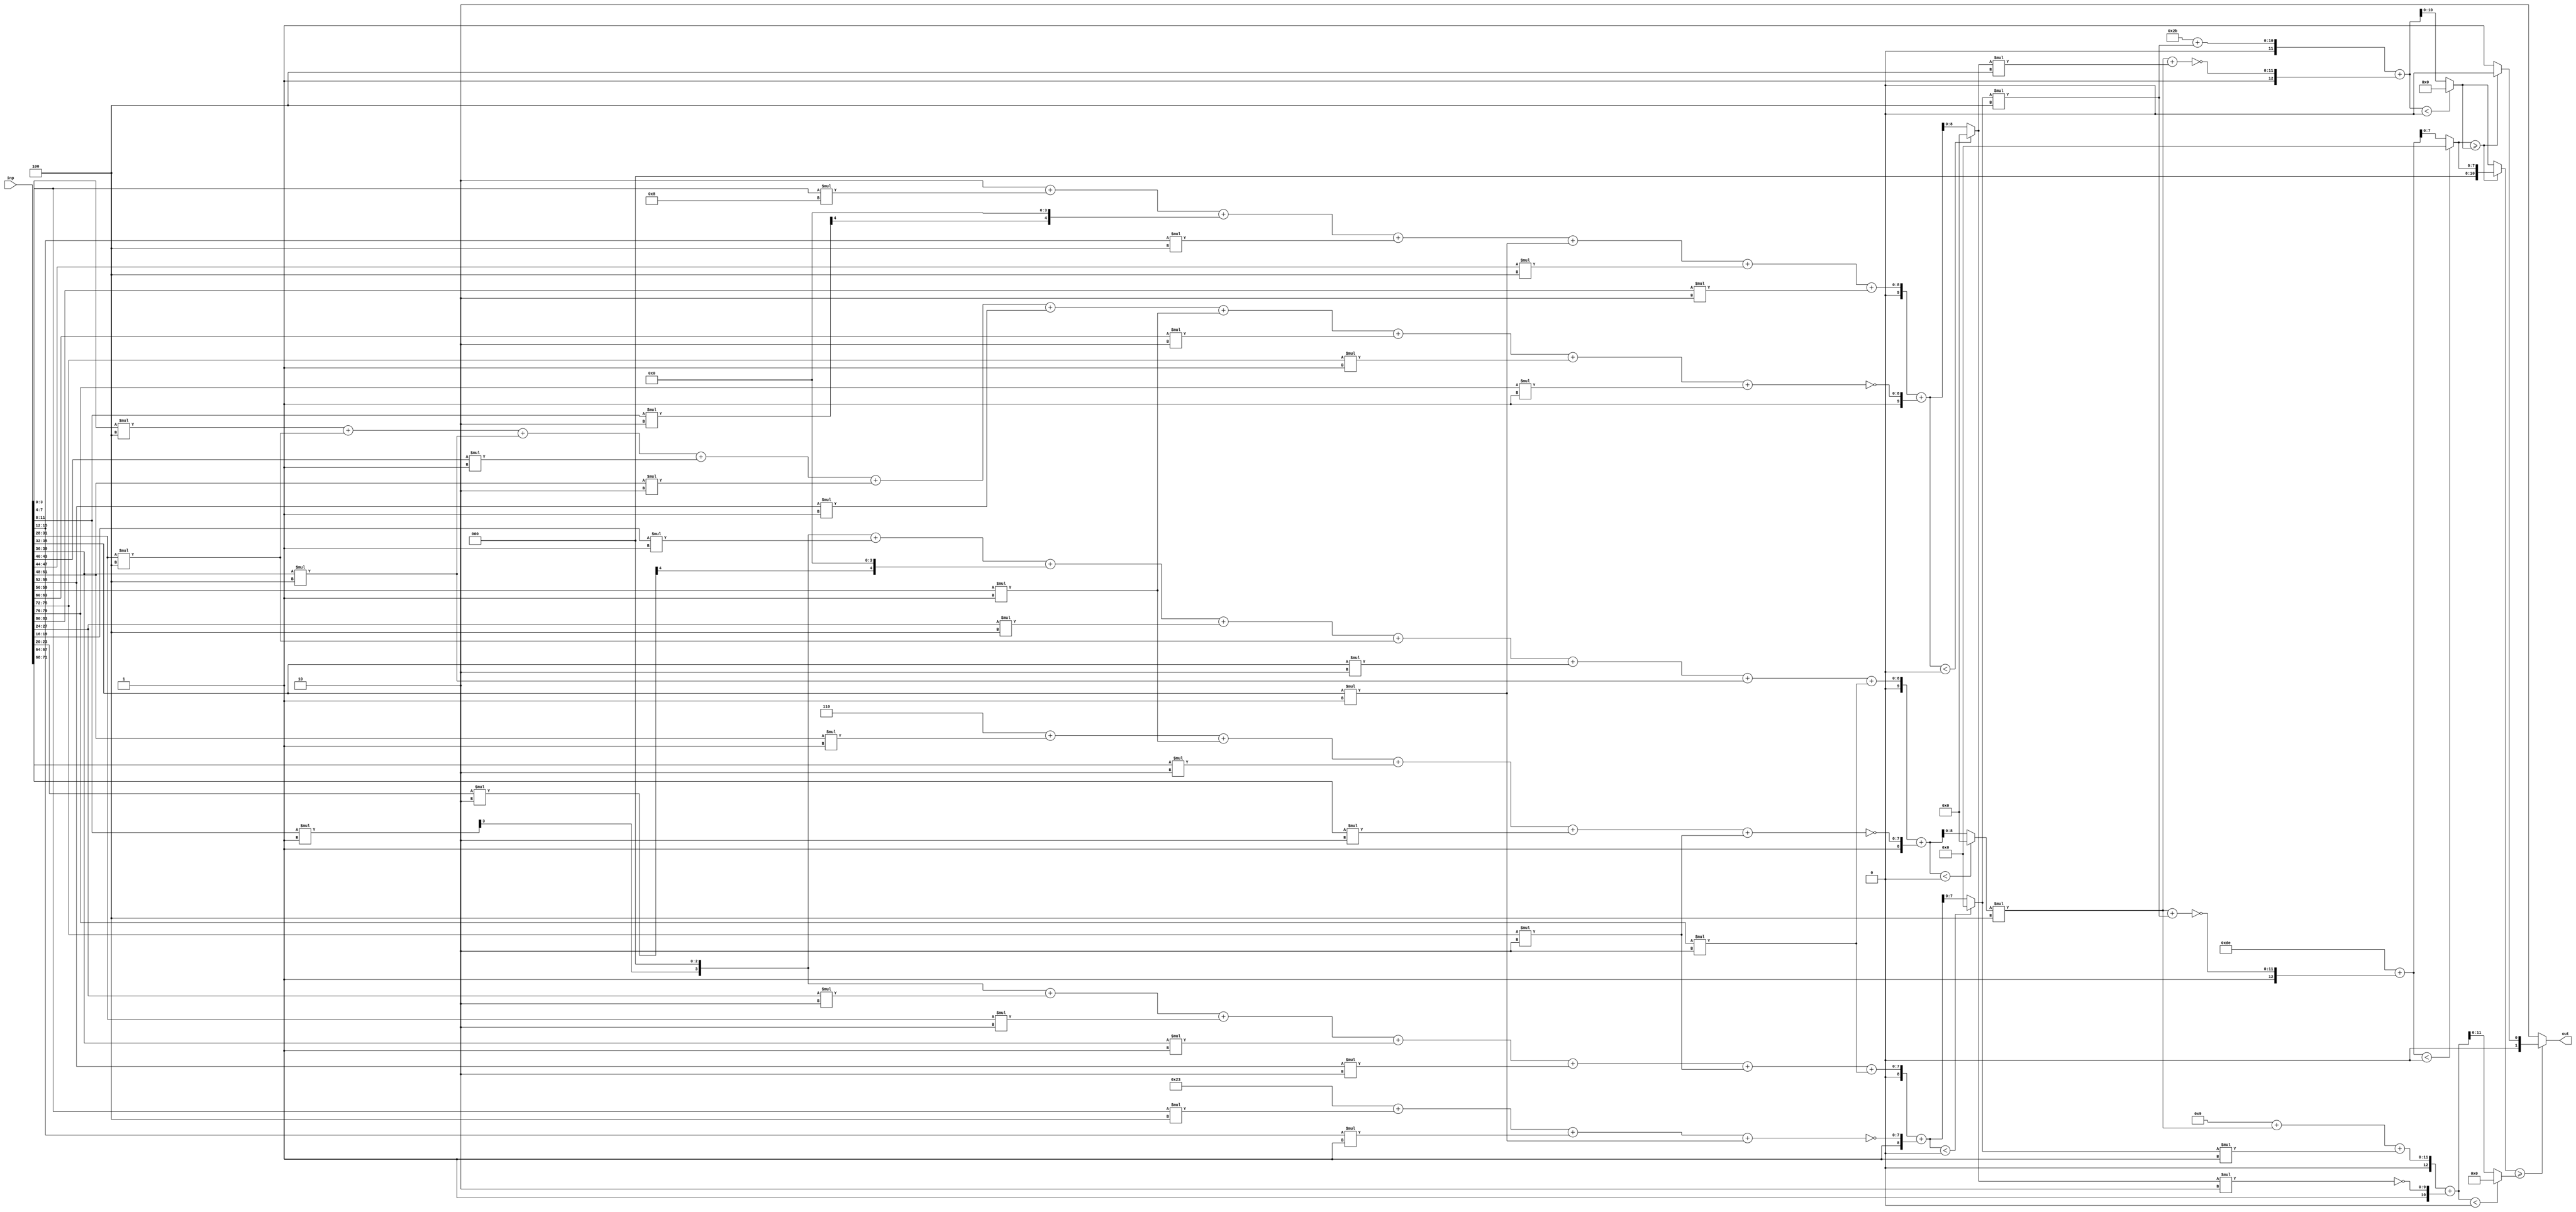
//AX Config: [0.0, 0.16, 1, 0.403, 0.8793]
//THL0: 0.0
//THL1: 0.16
//MSB: 1
//weights: [[[0, 0, 1, 0, 1, 2, 4, 4, 2, 4, 0, 0, -1, 0, -1, 0, -2, -2, -2, 2, 0], [-4, 8, 2, 4, 0, 0, 0, -4, 1, -4, -1, 4, -2, -1, -1, -2, 0, 0, -1, -1, 2], [0, -4, 1, -1, 0, 0, 2, 2, -1, 1, 0, 0, 0, 2, 0, 0, 0, 0, 2, 2, 0]], [[-4, 0, -4], [-4, -4, 4], [4, -2, 1]]]
//intercepts: [[-6, 2, -35], [222, 43, 9]]
//ax width : [[[(0, 0), (0, 0), (4, 4), (0, 0), (4, 0), (5, 5), (6, 0), (6, 0), (5, 0), (6, 0), (0, 0), (0, 0), (4, 0), (0, 0), (4, 0), (0, 0), (5, 0), (5, 0), (5, 0), (5, 0), (0, 0)], [(6, 0), (7, 0), (5, 5), (6, 0), (0, 0), (0, 0), (0, 0), (6, 0), (4, 0), (6, 0), (4, 0), (6, 0), (5, 0), (4, 0), (4, 0), (5, 0), (0, 0), (0, 0), (4, 0), (4, 0), (5, 0)], [(0, 0), (6, 0), (4, 4), (4, 0), (0, 0), (0, 0), (5, 0), (5, 0), (4, 0), (4, 0), (0, 0), (0, 0), (0, 0), (5, 0), (0, 0), (0, 0), (0, 0), (0, 0), (5, 0), (5, 0), (0, 0)]], [[(11, 0), (0, 0), (10, 0)], [(11, 0), (11, 0), (10, 0)], [(11, 0), (10, 0), (8, 0)]]]
module top (inp, out);
input [83:0] inp;
output [1:0] out;

// layer: 0 - neuron: 0
    //weight 0 : skip
    //weight 0 : skip
    //weight 1 : 1'b1
    wire [3:0] n_0_0_po_2, n_0_0_po_2_ax;
    assign n_0_0_po_2 = $unsigned(inp[11:8]) * $unsigned(1'b1);
    assign n_0_0_po_2_ax = {n_0_0_po_2[3], {3{1'b0}}};

    //weight 0 : skip
    //weight 1 : 1'b1
    wire [3:0] n_0_0_po_4, n_0_0_po_4_ax;
    assign n_0_0_po_4 = $unsigned(inp[19:16]) * $unsigned(1'b1);
    assign n_0_0_po_4_ax = n_0_0_po_4[3:0];

    //weight 2 : 2'b10
    wire [4:0] n_0_0_po_5, n_0_0_po_5_ax;
    assign n_0_0_po_5 = $unsigned(inp[23:20]) * $unsigned(2'b10);
    assign n_0_0_po_5_ax = {n_0_0_po_5[4], {4{1'b0}}};

    //weight 4 : 3'b100
    wire [5:0] n_0_0_po_6, n_0_0_po_6_ax;
    assign n_0_0_po_6 = $unsigned(inp[27:24]) * $unsigned(3'b100);
    assign n_0_0_po_6_ax = n_0_0_po_6[5:0];

    //weight 4 : 3'b100
    wire [5:0] n_0_0_po_7, n_0_0_po_7_ax;
    assign n_0_0_po_7 = $unsigned(inp[31:28]) * $unsigned(3'b100);
    assign n_0_0_po_7_ax = n_0_0_po_7[5:0];

    //weight 2 : 2'b10
    wire [4:0] n_0_0_po_8, n_0_0_po_8_ax;
    assign n_0_0_po_8 = $unsigned(inp[35:32]) * $unsigned(2'b10);
    assign n_0_0_po_8_ax = n_0_0_po_8[4:0];

    //weight 4 : 3'b100
    wire [5:0] n_0_0_po_9, n_0_0_po_9_ax;
    assign n_0_0_po_9 = $unsigned(inp[39:36]) * $unsigned(3'b100);
    assign n_0_0_po_9_ax = n_0_0_po_9[5:0];

    //weight 0 : skip
    //weight 0 : skip
    //weight abs(-1) : 1'b1
    wire [3:0] n_0_0_po_12, n_0_0_po_12_ax;
    assign n_0_0_po_12 = $unsigned(inp[51:48]) * $unsigned(1'b1);
    assign n_0_0_po_12_ax = n_0_0_po_12[3:0];

    //weight 0 : skip
    //weight abs(-1) : 1'b1
    wire [3:0] n_0_0_po_14, n_0_0_po_14_ax;
    assign n_0_0_po_14 = $unsigned(inp[59:56]) * $unsigned(1'b1);
    assign n_0_0_po_14_ax = n_0_0_po_14[3:0];

    //weight 0 : skip
    //weight abs(-2) : 2'b10
    wire [4:0] n_0_0_po_16, n_0_0_po_16_ax;
    assign n_0_0_po_16 = $unsigned(inp[67:64]) * $unsigned(2'b10);
    assign n_0_0_po_16_ax = n_0_0_po_16[4:0];

    //weight abs(-2) : 2'b10
    wire [4:0] n_0_0_po_17, n_0_0_po_17_ax;
    assign n_0_0_po_17 = $unsigned(inp[71:68]) * $unsigned(2'b10);
    assign n_0_0_po_17_ax = n_0_0_po_17[4:0];

    //weight abs(-2) : 2'b10
    wire [4:0] n_0_0_po_18, n_0_0_po_18_ax;
    assign n_0_0_po_18 = $unsigned(inp[75:72]) * $unsigned(2'b10);
    assign n_0_0_po_18_ax = n_0_0_po_18[4:0];

    //weight 2 : 2'b10
    wire [4:0] n_0_0_po_19, n_0_0_po_19_ax;
    assign n_0_0_po_19 = $unsigned(inp[79:76]) * $unsigned(2'b10);
    assign n_0_0_po_19_ax = n_0_0_po_19[4:0];

    //weight 0 : skip
    //accumulate positive/negative subproducts
    wire [8:0] n_0_0_sum_pos;
    assign n_0_0_sum_pos = n_0_0_po_2_ax + n_0_0_po_4_ax + n_0_0_po_5_ax + n_0_0_po_6_ax + n_0_0_po_7_ax + n_0_0_po_8_ax + n_0_0_po_9_ax + n_0_0_po_19_ax;
    wire [7:0] n_0_0_sum_neg;
    assign n_0_0_sum_neg = 3'b110 + n_0_0_po_12_ax + n_0_0_po_14_ax + n_0_0_po_16_ax + n_0_0_po_17_ax + n_0_0_po_18_ax;
    wire signed [9:0] n_0_0_sum;
    assign n_0_0_sum = $signed({1'b0,n_0_0_sum_pos}) + $signed({1'b1,~n_0_0_sum_neg});

    //relu
    wire [8:0] n_0_0;
    assign n_0_0 = (n_0_0_sum<0) ? $unsigned({9{1'b0}}) : $unsigned(n_0_0_sum[8:0]);

// layer: 0 - neuron: 1
    //weight abs(-4) : 3'b100
    wire [5:0] n_0_1_po_0, n_0_1_po_0_ax;
    assign n_0_1_po_0 = $unsigned(inp[3:0]) * $unsigned(3'b100);
    assign n_0_1_po_0_ax = n_0_1_po_0[5:0];

    //weight 8 : 4'b1000
    wire [6:0] n_0_1_po_1, n_0_1_po_1_ax;
    assign n_0_1_po_1 = $unsigned(inp[7:4]) * $unsigned(4'b1000);
    assign n_0_1_po_1_ax = n_0_1_po_1[6:0];

    //weight 2 : 2'b10
    wire [4:0] n_0_1_po_2, n_0_1_po_2_ax;
    assign n_0_1_po_2 = $unsigned(inp[11:8]) * $unsigned(2'b10);
    assign n_0_1_po_2_ax = {n_0_1_po_2[4], {4{1'b0}}};

    //weight 4 : 3'b100
    wire [5:0] n_0_1_po_3, n_0_1_po_3_ax;
    assign n_0_1_po_3 = $unsigned(inp[15:12]) * $unsigned(3'b100);
    assign n_0_1_po_3_ax = n_0_1_po_3[5:0];

    //weight 0 : skip
    //weight 0 : skip
    //weight 0 : skip
    //weight abs(-4) : 3'b100
    wire [5:0] n_0_1_po_7, n_0_1_po_7_ax;
    assign n_0_1_po_7 = $unsigned(inp[31:28]) * $unsigned(3'b100);
    assign n_0_1_po_7_ax = n_0_1_po_7[5:0];

    //weight 1 : 1'b1
    wire [3:0] n_0_1_po_8, n_0_1_po_8_ax;
    assign n_0_1_po_8 = $unsigned(inp[35:32]) * $unsigned(1'b1);
    assign n_0_1_po_8_ax = n_0_1_po_8[3:0];

    //weight abs(-4) : 3'b100
    wire [5:0] n_0_1_po_9, n_0_1_po_9_ax;
    assign n_0_1_po_9 = $unsigned(inp[39:36]) * $unsigned(3'b100);
    assign n_0_1_po_9_ax = n_0_1_po_9[5:0];

    //weight abs(-1) : 1'b1
    wire [3:0] n_0_1_po_10, n_0_1_po_10_ax;
    assign n_0_1_po_10 = $unsigned(inp[43:40]) * $unsigned(1'b1);
    assign n_0_1_po_10_ax = n_0_1_po_10[3:0];

    //weight 4 : 3'b100
    wire [5:0] n_0_1_po_11, n_0_1_po_11_ax;
    assign n_0_1_po_11 = $unsigned(inp[47:44]) * $unsigned(3'b100);
    assign n_0_1_po_11_ax = n_0_1_po_11[5:0];

    //weight abs(-2) : 2'b10
    wire [4:0] n_0_1_po_12, n_0_1_po_12_ax;
    assign n_0_1_po_12 = $unsigned(inp[51:48]) * $unsigned(2'b10);
    assign n_0_1_po_12_ax = n_0_1_po_12[4:0];

    //weight abs(-1) : 1'b1
    wire [3:0] n_0_1_po_13, n_0_1_po_13_ax;
    assign n_0_1_po_13 = $unsigned(inp[55:52]) * $unsigned(1'b1);
    assign n_0_1_po_13_ax = n_0_1_po_13[3:0];

    //weight abs(-1) : 1'b1
    wire [3:0] n_0_1_po_14, n_0_1_po_14_ax;
    assign n_0_1_po_14 = $unsigned(inp[59:56]) * $unsigned(1'b1);
    assign n_0_1_po_14_ax = n_0_1_po_14[3:0];

    //weight abs(-2) : 2'b10
    wire [4:0] n_0_1_po_15, n_0_1_po_15_ax;
    assign n_0_1_po_15 = $unsigned(inp[63:60]) * $unsigned(2'b10);
    assign n_0_1_po_15_ax = n_0_1_po_15[4:0];

    //weight 0 : skip
    //weight 0 : skip
    //weight abs(-1) : 1'b1
    wire [3:0] n_0_1_po_18, n_0_1_po_18_ax;
    assign n_0_1_po_18 = $unsigned(inp[75:72]) * $unsigned(1'b1);
    assign n_0_1_po_18_ax = n_0_1_po_18[3:0];

    //weight abs(-1) : 1'b1
    wire [3:0] n_0_1_po_19, n_0_1_po_19_ax;
    assign n_0_1_po_19 = $unsigned(inp[79:76]) * $unsigned(1'b1);
    assign n_0_1_po_19_ax = n_0_1_po_19[3:0];

    //weight 2 : 2'b10
    wire [4:0] n_0_1_po_20, n_0_1_po_20_ax;
    assign n_0_1_po_20 = $unsigned(inp[83:80]) * $unsigned(2'b10);
    assign n_0_1_po_20_ax = n_0_1_po_20[4:0];

    //accumulate positive/negative subproducts
    wire [8:0] n_0_1_sum_pos;
    assign n_0_1_sum_pos = 2'b10 + n_0_1_po_1_ax + n_0_1_po_2_ax + n_0_1_po_3_ax + n_0_1_po_8_ax + n_0_1_po_11_ax + n_0_1_po_20_ax;
    wire [8:0] n_0_1_sum_neg;
    assign n_0_1_sum_neg = n_0_1_po_0_ax + n_0_1_po_7_ax + n_0_1_po_9_ax + n_0_1_po_10_ax + n_0_1_po_12_ax + n_0_1_po_13_ax + n_0_1_po_14_ax + n_0_1_po_15_ax + n_0_1_po_18_ax + n_0_1_po_19_ax;
    wire signed [9:0] n_0_1_sum;
    assign n_0_1_sum = $signed({1'b0,n_0_1_sum_pos}) + $signed({1'b1,~n_0_1_sum_neg});

    //relu
    wire [8:0] n_0_1;
    assign n_0_1 = (n_0_1_sum<0) ? $unsigned({9{1'b0}}) : $unsigned(n_0_1_sum[8:0]);

// layer: 0 - neuron: 2
    //weight 0 : skip
    //weight abs(-4) : 3'b100
    wire [5:0] n_0_2_po_1, n_0_2_po_1_ax;
    assign n_0_2_po_1 = $unsigned(inp[7:4]) * $unsigned(3'b100);
    assign n_0_2_po_1_ax = n_0_2_po_1[5:0];

    //weight 1 : 1'b1
    wire [3:0] n_0_2_po_2, n_0_2_po_2_ax;
    assign n_0_2_po_2 = $unsigned(inp[11:8]) * $unsigned(1'b1);
    assign n_0_2_po_2_ax = {n_0_2_po_2[3], {3{1'b0}}};

    //weight abs(-1) : 1'b1
    wire [3:0] n_0_2_po_3, n_0_2_po_3_ax;
    assign n_0_2_po_3 = $unsigned(inp[15:12]) * $unsigned(1'b1);
    assign n_0_2_po_3_ax = n_0_2_po_3[3:0];

    //weight 0 : skip
    //weight 0 : skip
    //weight 2 : 2'b10
    wire [4:0] n_0_2_po_6, n_0_2_po_6_ax;
    assign n_0_2_po_6 = $unsigned(inp[27:24]) * $unsigned(2'b10);
    assign n_0_2_po_6_ax = n_0_2_po_6[4:0];

    //weight 2 : 2'b10
    wire [4:0] n_0_2_po_7, n_0_2_po_7_ax;
    assign n_0_2_po_7 = $unsigned(inp[31:28]) * $unsigned(2'b10);
    assign n_0_2_po_7_ax = n_0_2_po_7[4:0];

    //weight abs(-1) : 1'b1
    wire [3:0] n_0_2_po_8, n_0_2_po_8_ax;
    assign n_0_2_po_8 = $unsigned(inp[35:32]) * $unsigned(1'b1);
    assign n_0_2_po_8_ax = n_0_2_po_8[3:0];

    //weight 1 : 1'b1
    wire [3:0] n_0_2_po_9, n_0_2_po_9_ax;
    assign n_0_2_po_9 = $unsigned(inp[39:36]) * $unsigned(1'b1);
    assign n_0_2_po_9_ax = n_0_2_po_9[3:0];

    //weight 0 : skip
    //weight 0 : skip
    //weight 0 : skip
    //weight 2 : 2'b10
    wire [4:0] n_0_2_po_13, n_0_2_po_13_ax;
    assign n_0_2_po_13 = $unsigned(inp[55:52]) * $unsigned(2'b10);
    assign n_0_2_po_13_ax = n_0_2_po_13[4:0];

    //weight 0 : skip
    //weight 0 : skip
    //weight 0 : skip
    //weight 0 : skip
    //weight 2 : 2'b10
    wire [4:0] n_0_2_po_18, n_0_2_po_18_ax;
    assign n_0_2_po_18 = $unsigned(inp[75:72]) * $unsigned(2'b10);
    assign n_0_2_po_18_ax = n_0_2_po_18[4:0];

    //weight 2 : 2'b10
    wire [4:0] n_0_2_po_19, n_0_2_po_19_ax;
    assign n_0_2_po_19 = $unsigned(inp[79:76]) * $unsigned(2'b10);
    assign n_0_2_po_19_ax = n_0_2_po_19[4:0];

    //weight 0 : skip
    //accumulate positive/negative subproducts
    wire [7:0] n_0_2_sum_pos;
    assign n_0_2_sum_pos = n_0_2_po_2_ax + n_0_2_po_6_ax + n_0_2_po_7_ax + n_0_2_po_9_ax + n_0_2_po_13_ax + n_0_2_po_18_ax + n_0_2_po_19_ax;
    wire [7:0] n_0_2_sum_neg;
    assign n_0_2_sum_neg = 6'b100011 + n_0_2_po_1_ax + n_0_2_po_3_ax + n_0_2_po_8_ax;
    wire signed [8:0] n_0_2_sum;
    assign n_0_2_sum = $signed({1'b0,n_0_2_sum_pos}) + $signed({1'b1,~n_0_2_sum_neg});

    //relu
    wire [7:0] n_0_2;
    assign n_0_2 = (n_0_2_sum<0) ? $unsigned({8{1'b0}}) : $unsigned(n_0_2_sum[7:0]);

// layer: 1 - neuron: 0
    //weight abs(-4) : 3'b100
    wire [10:0] n_1_0_po_0, n_1_0_po_0_ax;
    assign n_1_0_po_0 = $unsigned(n_0_0) * $unsigned(3'b100);
    assign n_1_0_po_0_ax = n_1_0_po_0[10:0];

    //weight 0 : skip
    //weight abs(-4) : 3'b100
    wire [9:0] n_1_0_po_2, n_1_0_po_2_ax;
    assign n_1_0_po_2 = $unsigned(n_0_2) * $unsigned(3'b100);
    assign n_1_0_po_2_ax = n_1_0_po_2[9:0];

    //accumulate positive/negative subproducts
    wire [7:0] n_1_0_sum_pos;
    assign n_1_0_sum_pos = 8'b11011110;
    wire [11:0] n_1_0_sum_neg;
    assign n_1_0_sum_neg = n_1_0_po_0_ax + n_1_0_po_2_ax;
    wire signed [12:0] n_1_0_sum;
    assign n_1_0_sum = $signed({1'b0,n_1_0_sum_pos}) + $signed({1'b1,~n_1_0_sum_neg});

    //relu
    wire [7:0] n_1_0;
    assign n_1_0 = (n_1_0_sum<0) ? $unsigned({8{1'b0}}) : $unsigned(n_1_0_sum[7:0]);

// layer: 1 - neuron: 1
    //weight abs(-4) : 3'b100
    wire [10:0] n_1_1_po_0, n_1_1_po_0_ax;
    assign n_1_1_po_0 = $unsigned(n_0_0) * $unsigned(3'b100);
    assign n_1_1_po_0_ax = n_1_1_po_0[10:0];

    //weight abs(-4) : 3'b100
    wire [10:0] n_1_1_po_1, n_1_1_po_1_ax;
    assign n_1_1_po_1 = $unsigned(n_0_1) * $unsigned(3'b100);
    assign n_1_1_po_1_ax = n_1_1_po_1[10:0];

    //weight 4 : 3'b100
    wire [9:0] n_1_1_po_2, n_1_1_po_2_ax;
    assign n_1_1_po_2 = $unsigned(n_0_2) * $unsigned(3'b100);
    assign n_1_1_po_2_ax = n_1_1_po_2[9:0];

    //accumulate positive/negative subproducts
    wire [10:0] n_1_1_sum_pos;
    assign n_1_1_sum_pos = 6'b101011 + n_1_1_po_2_ax;
    wire [11:0] n_1_1_sum_neg;
    assign n_1_1_sum_neg = n_1_1_po_0_ax + n_1_1_po_1_ax;
    wire signed [12:0] n_1_1_sum;
    assign n_1_1_sum = $signed({1'b0,n_1_1_sum_pos}) + $signed({1'b1,~n_1_1_sum_neg});

    //relu
    wire [10:0] n_1_1;
    assign n_1_1 = (n_1_1_sum<0) ? $unsigned({11{1'b0}}) : $unsigned(n_1_1_sum[10:0]);

// layer: 1 - neuron: 2
    //weight 4 : 3'b100
    wire [10:0] n_1_2_po_0, n_1_2_po_0_ax;
    assign n_1_2_po_0 = $unsigned(n_0_0) * $unsigned(3'b100);
    assign n_1_2_po_0_ax = n_1_2_po_0[10:0];

    //weight abs(-2) : 2'b10
    wire [9:0] n_1_2_po_1, n_1_2_po_1_ax;
    assign n_1_2_po_1 = $unsigned(n_0_1) * $unsigned(2'b10);
    assign n_1_2_po_1_ax = n_1_2_po_1[9:0];

    //weight 1 : 1'b1
    wire [7:0] n_1_2_po_2, n_1_2_po_2_ax;
    assign n_1_2_po_2 = $unsigned(n_0_2) * $unsigned(1'b1);
    assign n_1_2_po_2_ax = n_1_2_po_2[7:0];

    //accumulate positive/negative subproducts
    wire [11:0] n_1_2_sum_pos;
    assign n_1_2_sum_pos = 4'b1001 + n_1_2_po_0_ax + n_1_2_po_2_ax;
    wire [9:0] n_1_2_sum_neg;
    assign n_1_2_sum_neg = n_1_2_po_1_ax;
    wire signed [12:0] n_1_2_sum;
    assign n_1_2_sum = $signed({1'b0,n_1_2_sum_pos}) + $signed({1'b1,~n_1_2_sum_neg});

    //relu
    wire [11:0] n_1_2;
    assign n_1_2 = (n_1_2_sum<0) ? $unsigned({12{1'b0}}) : $unsigned(n_1_2_sum[11:0]);

// argmax: 3 classes, need 2 bits
// argmax inp: n_1_0, n_1_1, n_1_2
    //comp level 0
    wire cmp_0_0;
    wire [11:0] argmax_val_0_0;
    wire [1:0] argmax_idx_0_0;
    assign {cmp_0_0} = ( n_1_0 >= n_1_1 );
    assign {argmax_val_0_0} = ( cmp_0_0 ) ? n_1_0 : n_1_1;
    assign {argmax_idx_0_0} = ( cmp_0_0 ) ? 2'b00 : 2'b01;

    //comp level 1
    wire cmp_1_0;
    wire [11:0] argmax_val_1_0;
    wire [1:0] argmax_idx_1_0;
    assign {cmp_1_0} = ( argmax_val_0_0 >= n_1_2 );
    assign {argmax_val_1_0} = ( cmp_1_0 ) ? argmax_val_0_0 : n_1_2;
    assign {argmax_idx_1_0} = ( cmp_1_0 ) ? argmax_idx_0_0 : 2'b10;

    assign out = argmax_idx_1_0;

endmodule